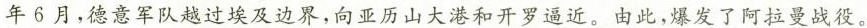
年6月，德意军队越过埃及边界，向亚历山大港和开罗逼近。由此，爆发了阿拉曼战役。